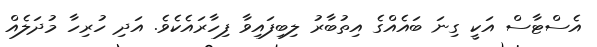
އެސްޓާސް އަކީ ގިނަ ބައެއްގެ އިތުބާރު ލިބިފައިވާ ފިހާރައެކެވެ. އަދި ހުރިހާ މުދަލެއް